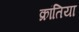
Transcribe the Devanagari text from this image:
क्रांतिया